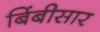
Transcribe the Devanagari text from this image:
बिंबीसार